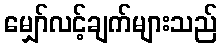
မျှော်လင့်ချက်များသည်